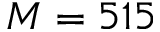
M = 5 1 5